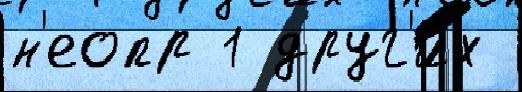
н'еопр 1 друг'и́х